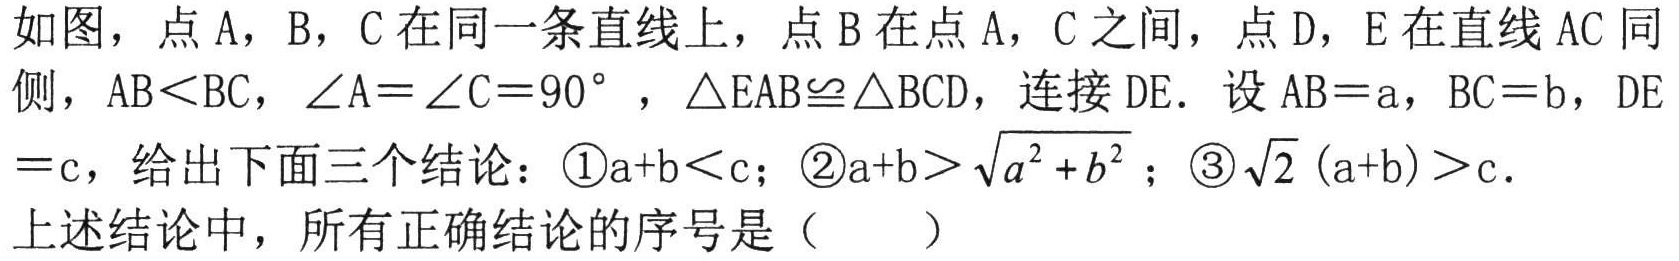
如图，点A，B，C在同一条直线上，点B在点A，C之间，点D，E在直线AC同侧，AB＜BC，∠A＝∠C＝90° ，△EAB≌△BCD，连接DE．设AB＝a，BC＝b，DE＝c，给出下面三个结论：\textcircled{1}a+b＜c；\textcircled{2}a+b＞\(\sqrt{a^{2}+b^{2}}\)；\textcircled{3}\(\sqrt{2}(a + b)>c\)．
上述结论中，所有正确结论的序号是（  ）